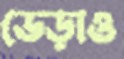
ভেড়াও